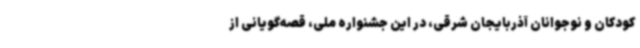
کودکان و نوجوانان آذربایجان شرقی، در این جشنواره ملی، قصه‌گویانی از